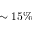
\sim 1 5 \%